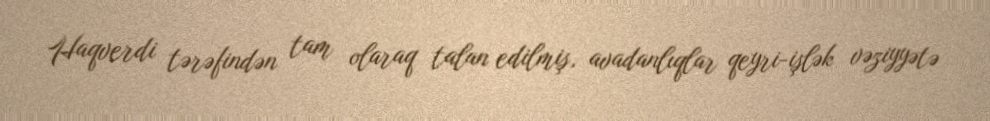
Haqverdi tərəfindən tam olaraq talan edilmiş, avadanlıqlar qeyri-işlək vəziyyətə